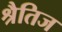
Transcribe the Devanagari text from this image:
श्रैतिज